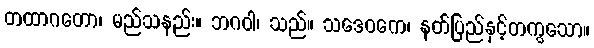
တထာဂတော၊ မည်သနည်း။ ဘဂဝါ၊ သည်။ သဒေဝကေ၊ နတ်ပြည်နှင့်တကွသော။